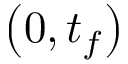
\left( 0 , t _ { f } \right)